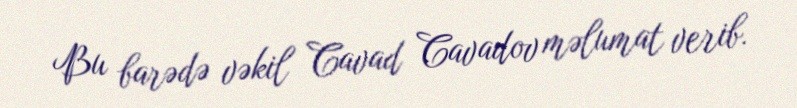
Bu barədə vəkil Cavad Cavadov məlumat verib.